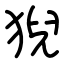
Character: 猊